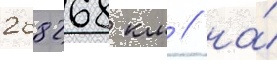
268268 км / на́